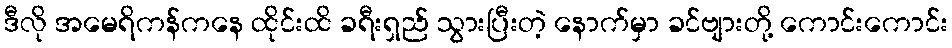
ဒီလို အမေရိကန်ကနေ ထိုင်းထိ ခရီးရှည် သွားပြီးတဲ့ နောက်မှာ ခင်ဗျားတို့ ကောင်းကောင်း